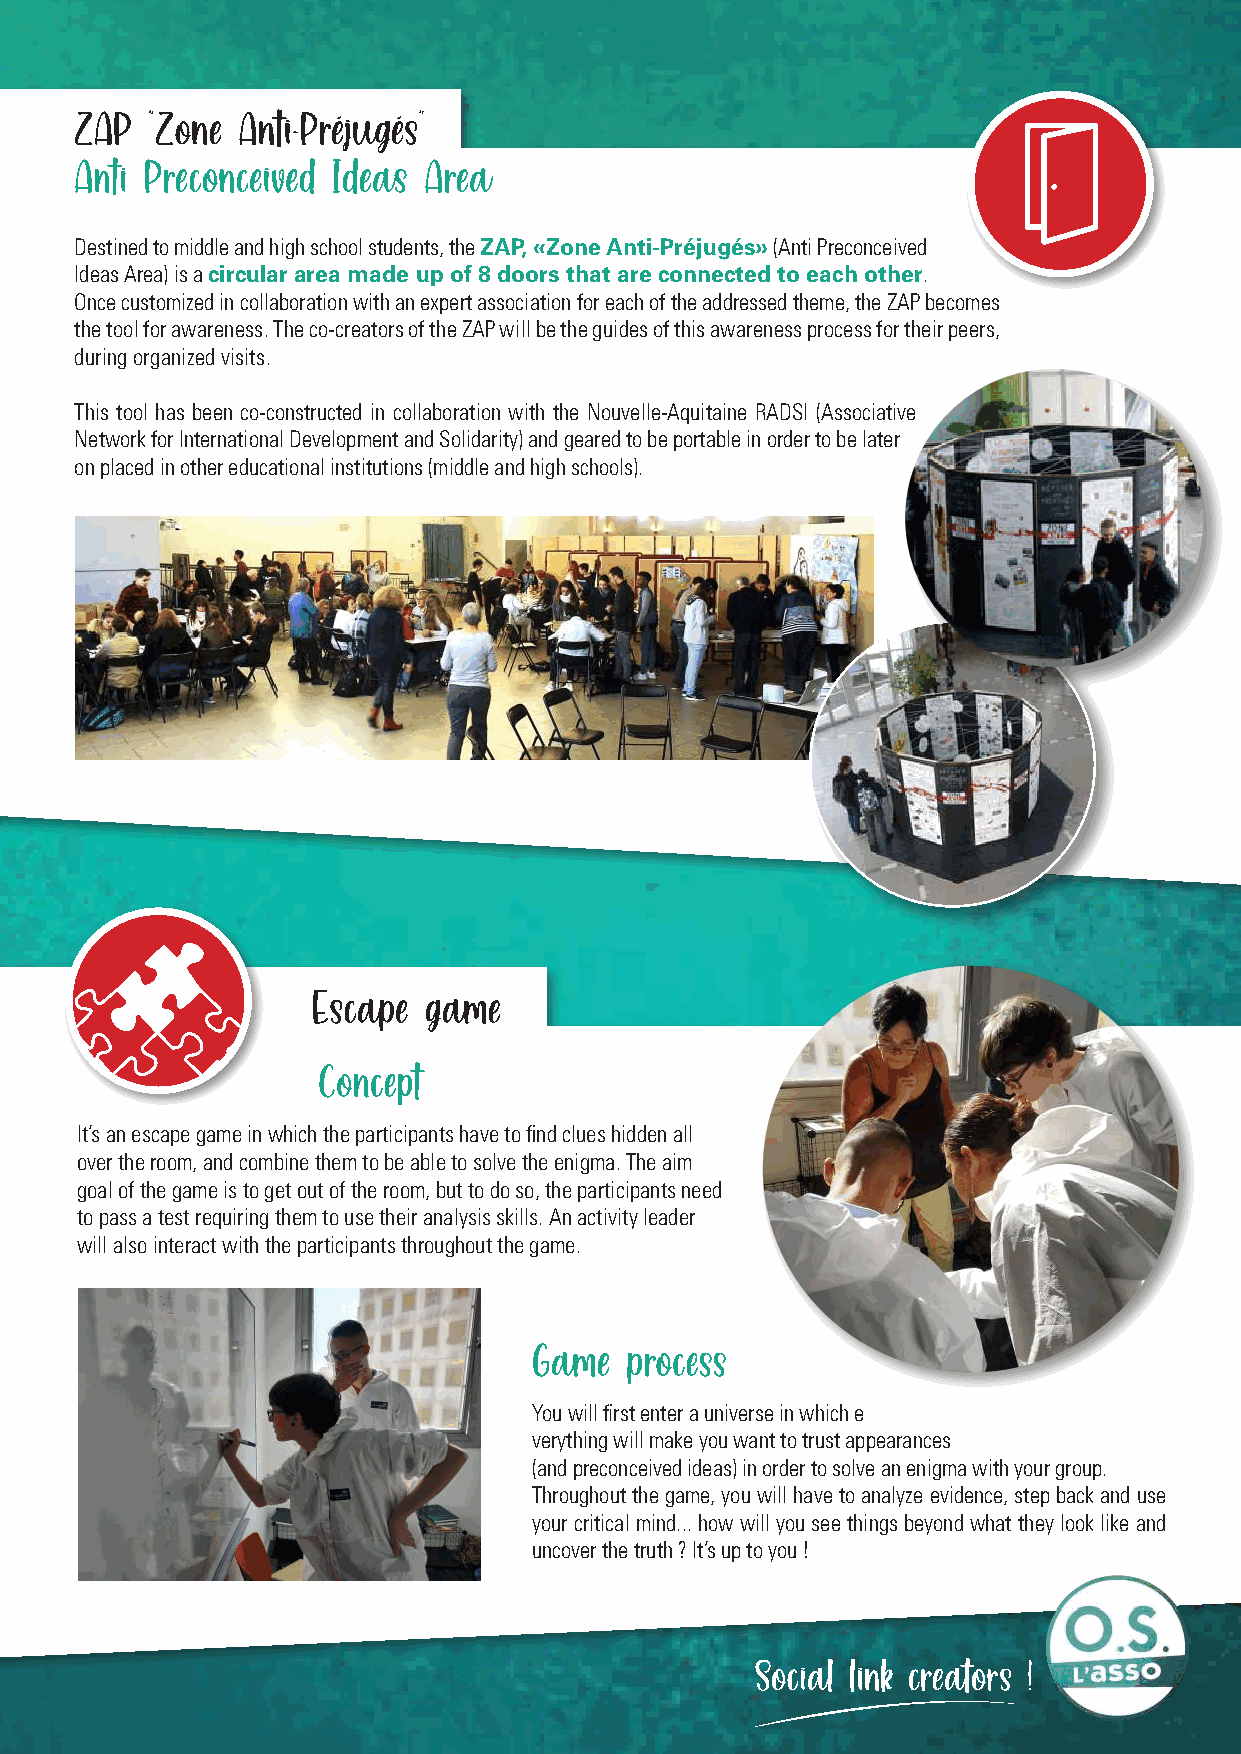
ZAP  "Zone Anti-Préjugés"
 Anti Preconceived Ideas Area
 Destined to middle and high school students, the ZAP, «Zone Anti-Préjugés» (Anti Preconceived
 Ideas Area) is a circular area made up of 8 doors that are connected to each other.
 Once customized in collaboration with an expert association for each of the addressed theme, the ZAP becomes
 the tool for awareness. The co-creators of the ZAP will be the guides of this awareness process for their peers,
 during organized visits.
 This tool has been co-constructed in collaboration with the Nouvelle-Aquitaine RADSI (Associative
 Network for International Development and Solidarity) and geared to be portable in order to be later
 on placed in other educational institutions (middle and high schools).
 Escape game
 Concept
 It’s an escape game in which the participants have to find clues hidden all
 over the room, and combine them to be able to solve the enigma. The aim
 goal of the game is to get out of the room, but to do so, the participants need
 to pass a test requiring them to use their analysis skills. An activity leader
 will also interact with the participants throughout the game.
 Game  process
 You will first enter a universe in which e
 verything will make you want to trust appearances
 (and preconceived ideas) in order to solve an enigma with your group.
 Throughout the game, you will have to analyze evidence, step back and use
 your critical mind... how will you see things beyond what they look like and
 uncover the truth ? It’s up to you !
 Social link creators !